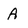
Character: A